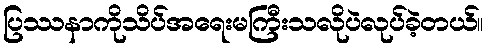
ပြဿနာကိုသိပ်အရေးမကြီးသလိုပဲလုပ်ခဲ့တယ်။